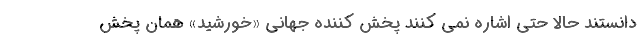
دانستند حالا حتی اشاره نمی کنند پخش کننده جهانی «خورشید» همان پخش